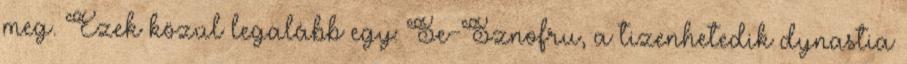
meg. Ezek közül legalább egy: Se-Sznofru, a tizenhetedik dynastia